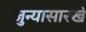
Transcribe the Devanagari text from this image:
जुन्यासारखे